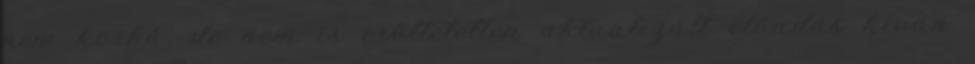
nem korhű, de nem is erőltetetten aktualizált előadás kíván